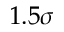
1 . 5 \sigma